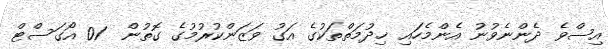
އިސްވެ ދެންނެވުނު އެންމެހައި ޚިދުމަތްތަކުގެ އަގު ވަޒަންކުރުމުގެ ގޮތުން  01 އޯގަސްޓް